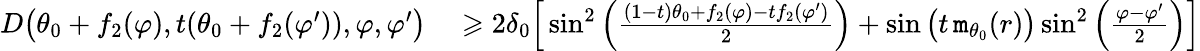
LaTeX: \begin{array}{rl}{D\big(\theta_{0}+f_{2}(\varphi),t(\theta_{0}+f_{2}(\varphi^{\prime})),\varphi,\varphi^{\prime}\big)}&{{}\geqslant 2\delta_{0}\Big[\sin^{2}\left(\frac{(1-t)\theta_{0}+f_{2}(\varphi)-tf_{2}(\varphi^{\prime})}{2}\right)+\sin\big(t\, \mathtt{m}_{\theta_{0}}(r)\big)\sin^{2}\left(\frac{\varphi-\varphi^{\prime}}{2}\right)\Big]}\end{array}